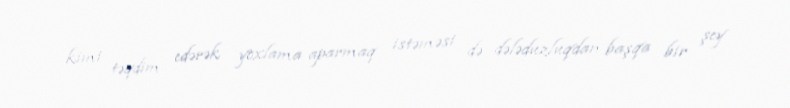
kimi təqdim edərək yoxlama aparmaq istəməsi də dələduzluqdan başqa bir şey